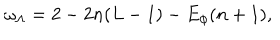
\omega _ { \Lambda } = 2 - 2 n ( L - 1 ) - E _ { \phi } ( n + 1 ) ,